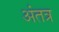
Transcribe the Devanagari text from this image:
अंतत्र